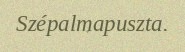
Szépalmapuszta.